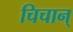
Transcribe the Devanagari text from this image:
चिचान्